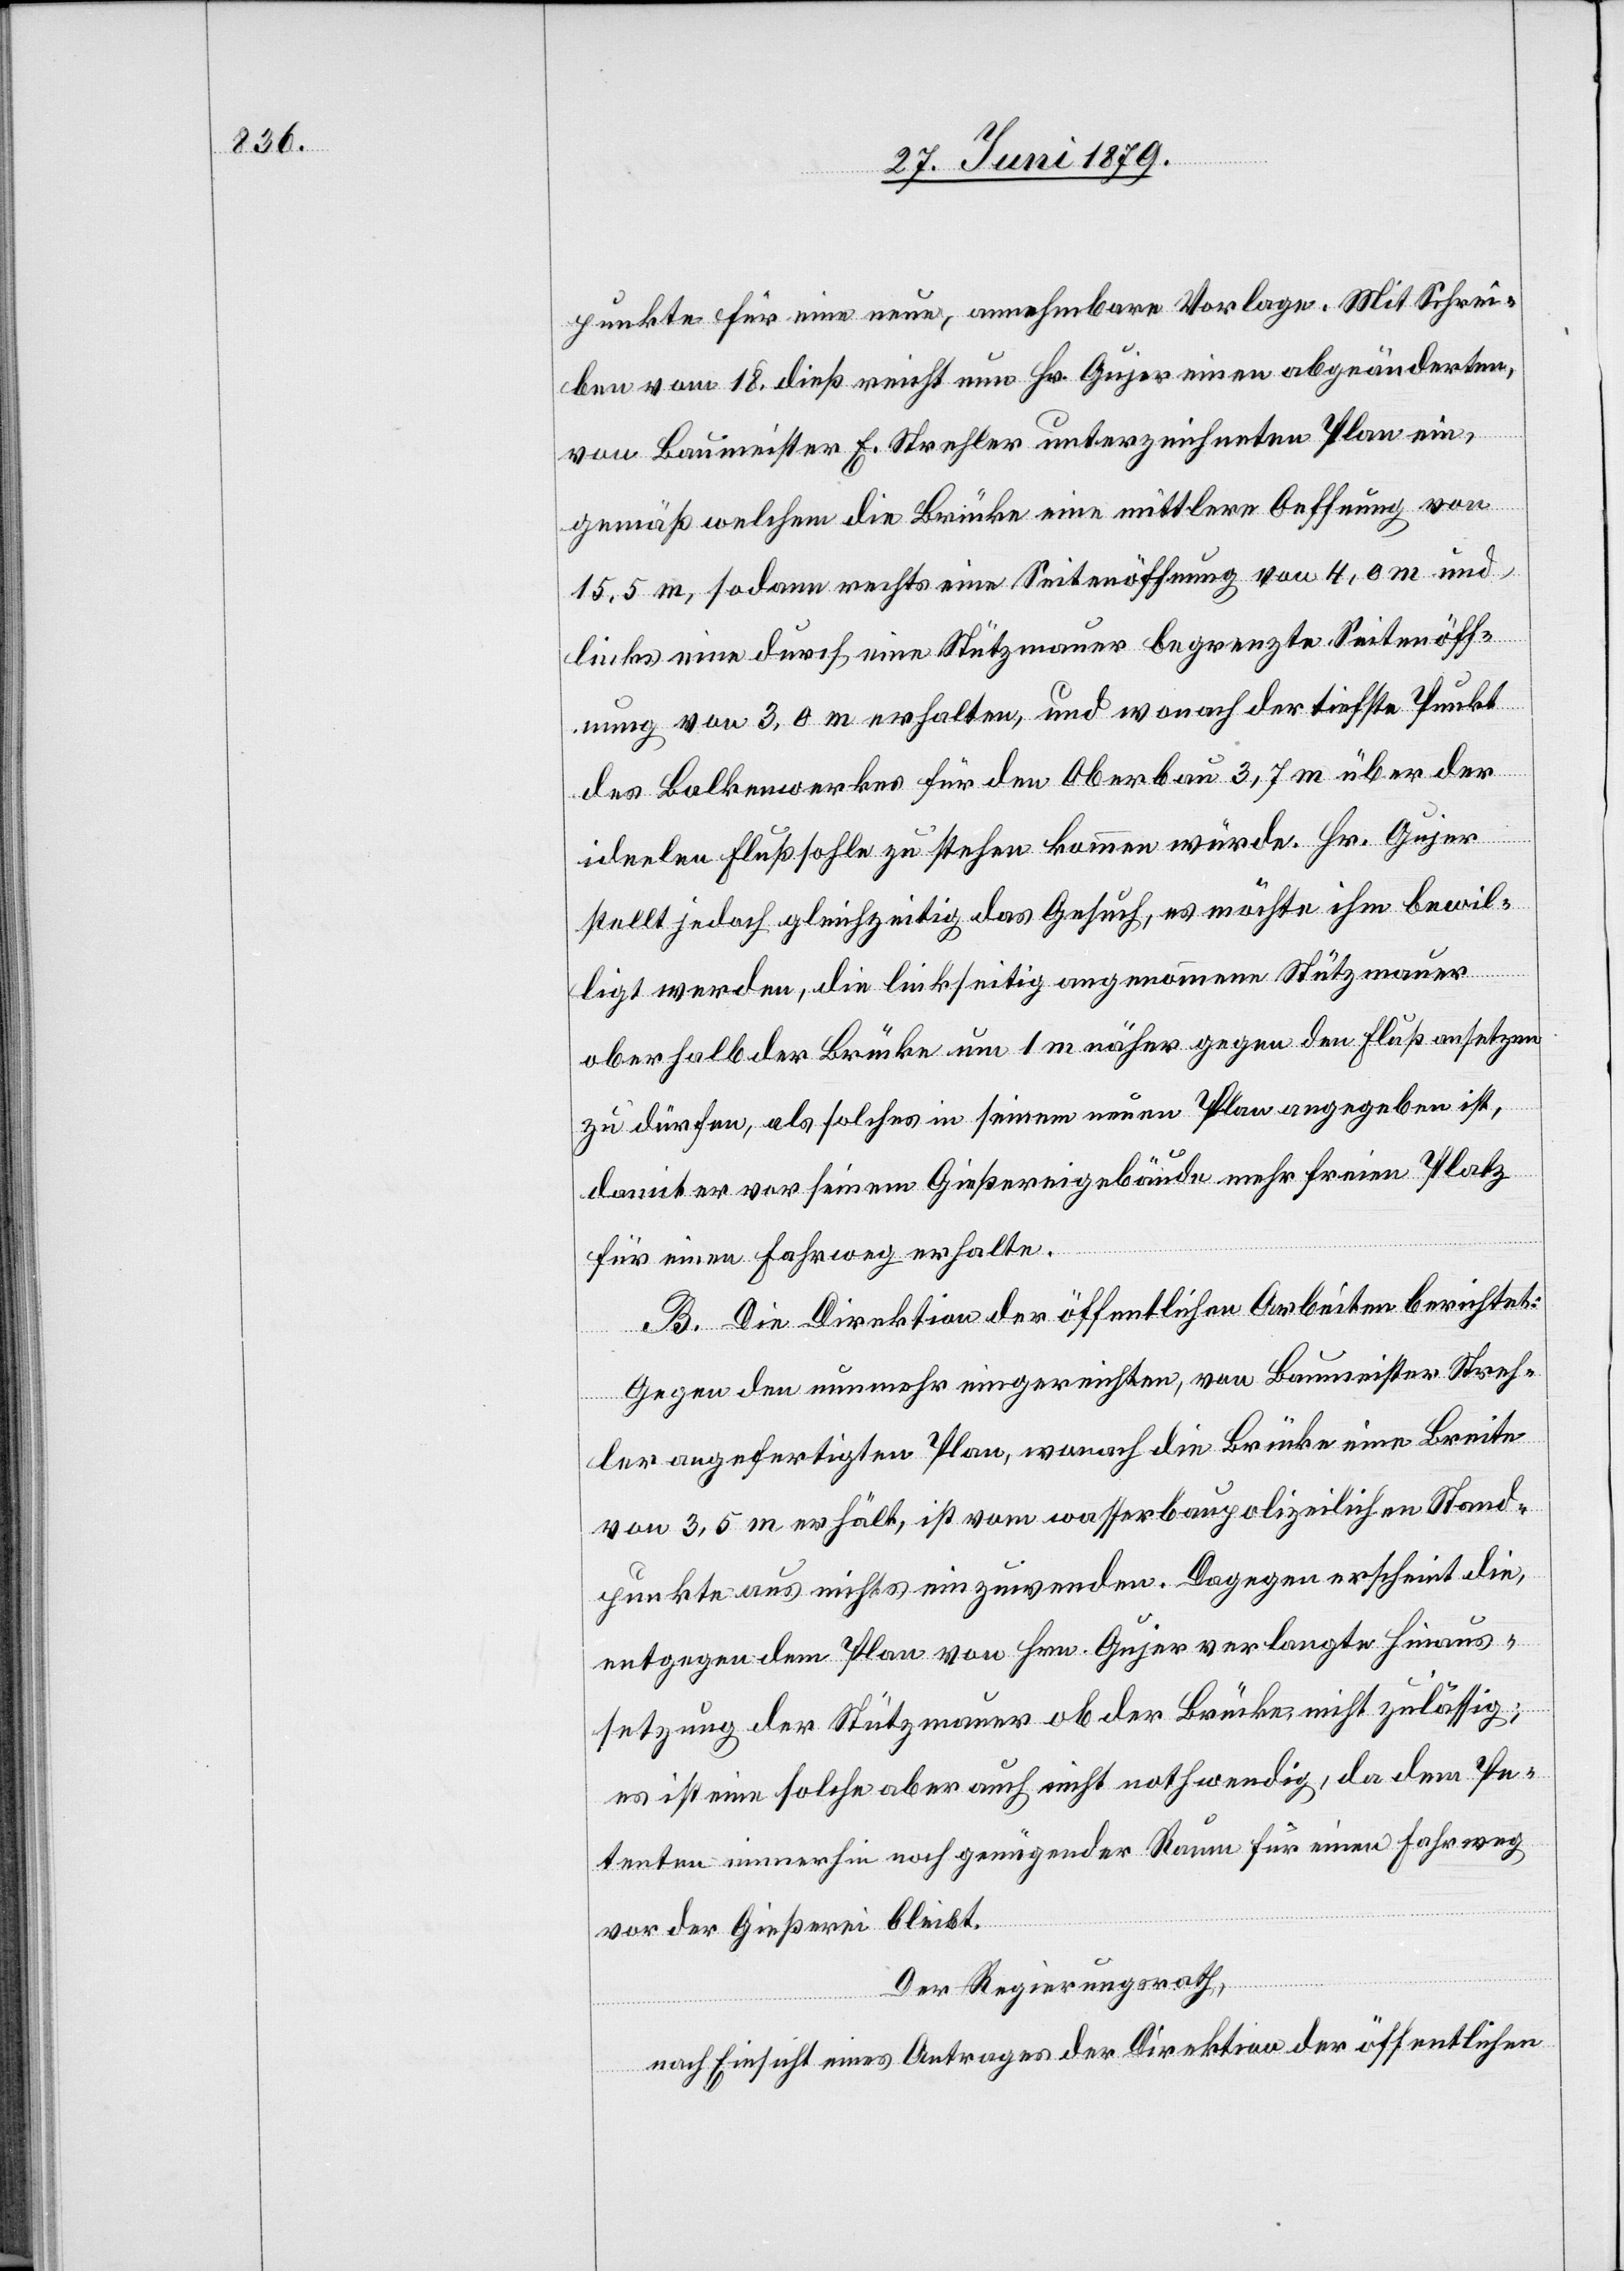
punkte für eine neue, annehmbare Vorlage. Mit Schrei¬
ben vom 18. dieß reicht nun Hr. Gujer einen abgeänderten,
von Baumeister E. Strehler unterzeichneten Plan ein,
gemäß welchem die Brücke eine mittlere Oeffnung von
15,5 m, sodann rechts eine Seitenöffnung von 4,0 m und
links eine durch eine Stützmauer begrenzte Seitenöff¬
nung von 3,0 m erhalten, und wonach der tiefste Punkt
des Balkenwerkes für den Oberbau 3,7 m über der
ideelen
[sic!] Flußsohle zu stehen kommen würde. Hr. Gujer
stellt jedoch gleichzeitig das Gesuch, es möchte ihm bewil¬
ligt werden, die linkseitig angenommene Stützmauer
oberhalb der Brücke um 1 m näher gegen den Fluß ansetzen
zu dürfen, als solches in seinem neuen Plan angegeben ist,
damit er vor seinem Gießereigebäude mehr freien Platz
für einen Fahrweg erhalte.
B. Die Direktion der öffentlichen Arbeiten berichtet:
Gegen den nunmehr eingereichten, von Baumeister Streh¬
ler angefertigten Plan, wonach die Brücke eine Breite
von 3,5 m erhält, ist vom wasserbaupolizeilichen Stand¬
punkte aus nichts einzuwenden. Dagegen erscheint die,
entgegen dem Plan von Hrn. Gujer verlangte Hinaus¬
setzung der Stützmauer ob der Brücke nicht zulässig;
es ist eine solche aber auch nicht nothwendig, da dem Pe¬
tenten immerhin noch genügender Raum für einen Fahrweg
vor der Gießerei bleibt.
Der Regierungsrath,
nach Einsicht eines Antrages der Direktion der öffentlichen